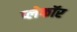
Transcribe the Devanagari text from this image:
प्लेफॉर